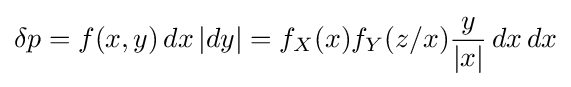
\delta p=f(x,y)\,dx\,|dy|=f_{X}(x)f_{Y}(z/x){\frac {y}{|x|}}\,dx\,dx